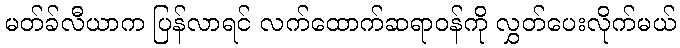
မတ်ခ်လီယာက ပြန်လာရင် လက်ထောက်ဆရာဝန်ကို လွှတ်ပေးလိုက်မယ်